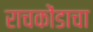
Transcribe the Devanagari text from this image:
राचकोंडाचा